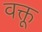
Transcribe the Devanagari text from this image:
वक्तू